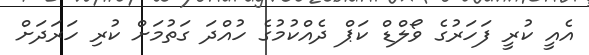
އެއީ ކުރީ ފަހަރުގެ ވޯލްޑް ކަޕް ދެއްކުމުގެ ހުއްދަ ގަތުމަށް ކުރި ހަރަދަށް